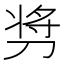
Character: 𫦋